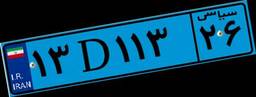
۲۸D۱۶۴۳۶